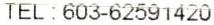
TEL : 603-62591420